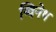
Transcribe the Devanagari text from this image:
ग्विनेथ